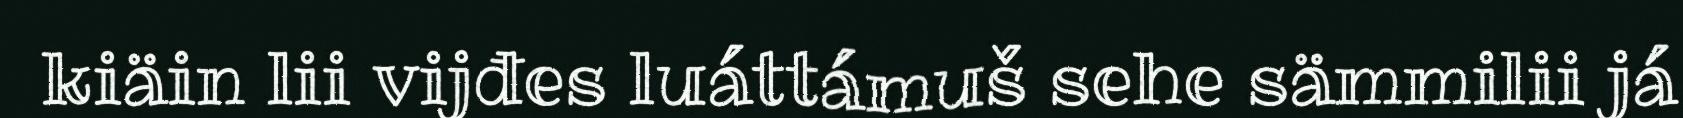
kiäin lii vijđes luáttámuš sehe sämmilii já